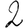
Digit: 2